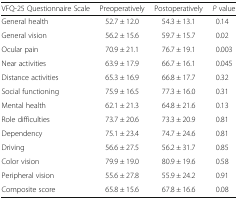
<table><thead><tr><td><b>VFQ-25 Questionnaire Scale</b></td><td><b>Preoperatively</b></td><td><b>Postoperatively</b></td><td><b><i>P</i> value</b></td></tr></thead><tbody><tr><td>General health</td><td>52.7 ± 12.0</td><td>54.3 ± 13.1</td><td>0.14</td></tr><tr><td>General vision</td><td>56.2 ± 15.6</td><td>59.7 ± 15.7</td><td>0.02</td></tr><tr><td>Ocular pain</td><td>70.9 ± 21.1</td><td>76.7 ± 19.1</td><td>0.003</td></tr><tr><td>Near activities</td><td>63.9 ± 17.9</td><td>66.7 ± 16.1</td><td>0.045</td></tr><tr><td>Distance activities</td><td>65.3 ± 16.9</td><td>66.8 ± 17.7</td><td>0.32</td></tr><tr><td>Social functioning</td><td>75.9 ± 16.5</td><td>77.3 ± 16.0</td><td>0.31</td></tr><tr><td>Mental health</td><td>62.1 ± 21.3</td><td>64.8 ± 21.6</td><td>0.13</td></tr><tr><td>Role difficulties</td><td>73.7 ± 20.6</td><td>73.3 ± 20.9</td><td>0.81</td></tr><tr><td>Dependency</td><td>75.1 ± 23.4</td><td>74.7 ± 24.6</td><td>0.81</td></tr><tr><td>Driving</td><td>56.6 ± 27.5</td><td>56.2 ± 31.7</td><td>0.85</td></tr><tr><td>Color vision</td><td>79.9 ± 19.0</td><td>80.9 ± 19.6</td><td>0.58</td></tr><tr><td>Peripheral vision</td><td>55.6 ± 27.8</td><td>55.9 ± 24.2</td><td>0.91</td></tr><tr><td>Composite score</td><td>65.8 ± 15.6</td><td>67.8 ± 16.6</td><td>0.08</td></tr></tbody></table>